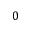
0